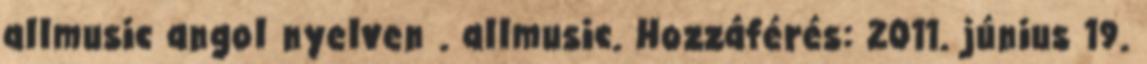
allmusic angol nyelven . allmusic. Hozzáférés: 2011. június 19.